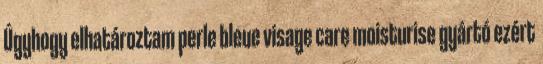
Úgyhogy elhatároztam perle bleue visage care moisturise gyártó ezért